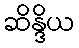
ဆိန္ဒိယ